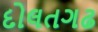
દોલતગઢ